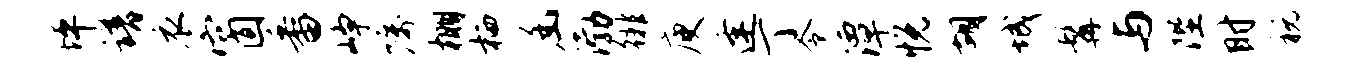
坪谱衣窗番峥嘱棚栖幽渤徘庾逢丁令潭悦胡城髯与陛时税